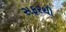
સફરથી